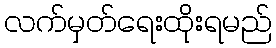
လက်မှတ်ရေးထိုးရမည်